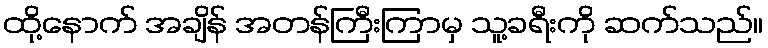
ထို့နောက် အချိန် အတန်ကြီးကြာမှ သူ့ခရီးကို ဆက်သည်။